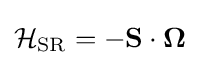
{\mathcal {H}}_{\rm {SR}}=-\mathbf {S} \cdot \mathbf {\Omega }